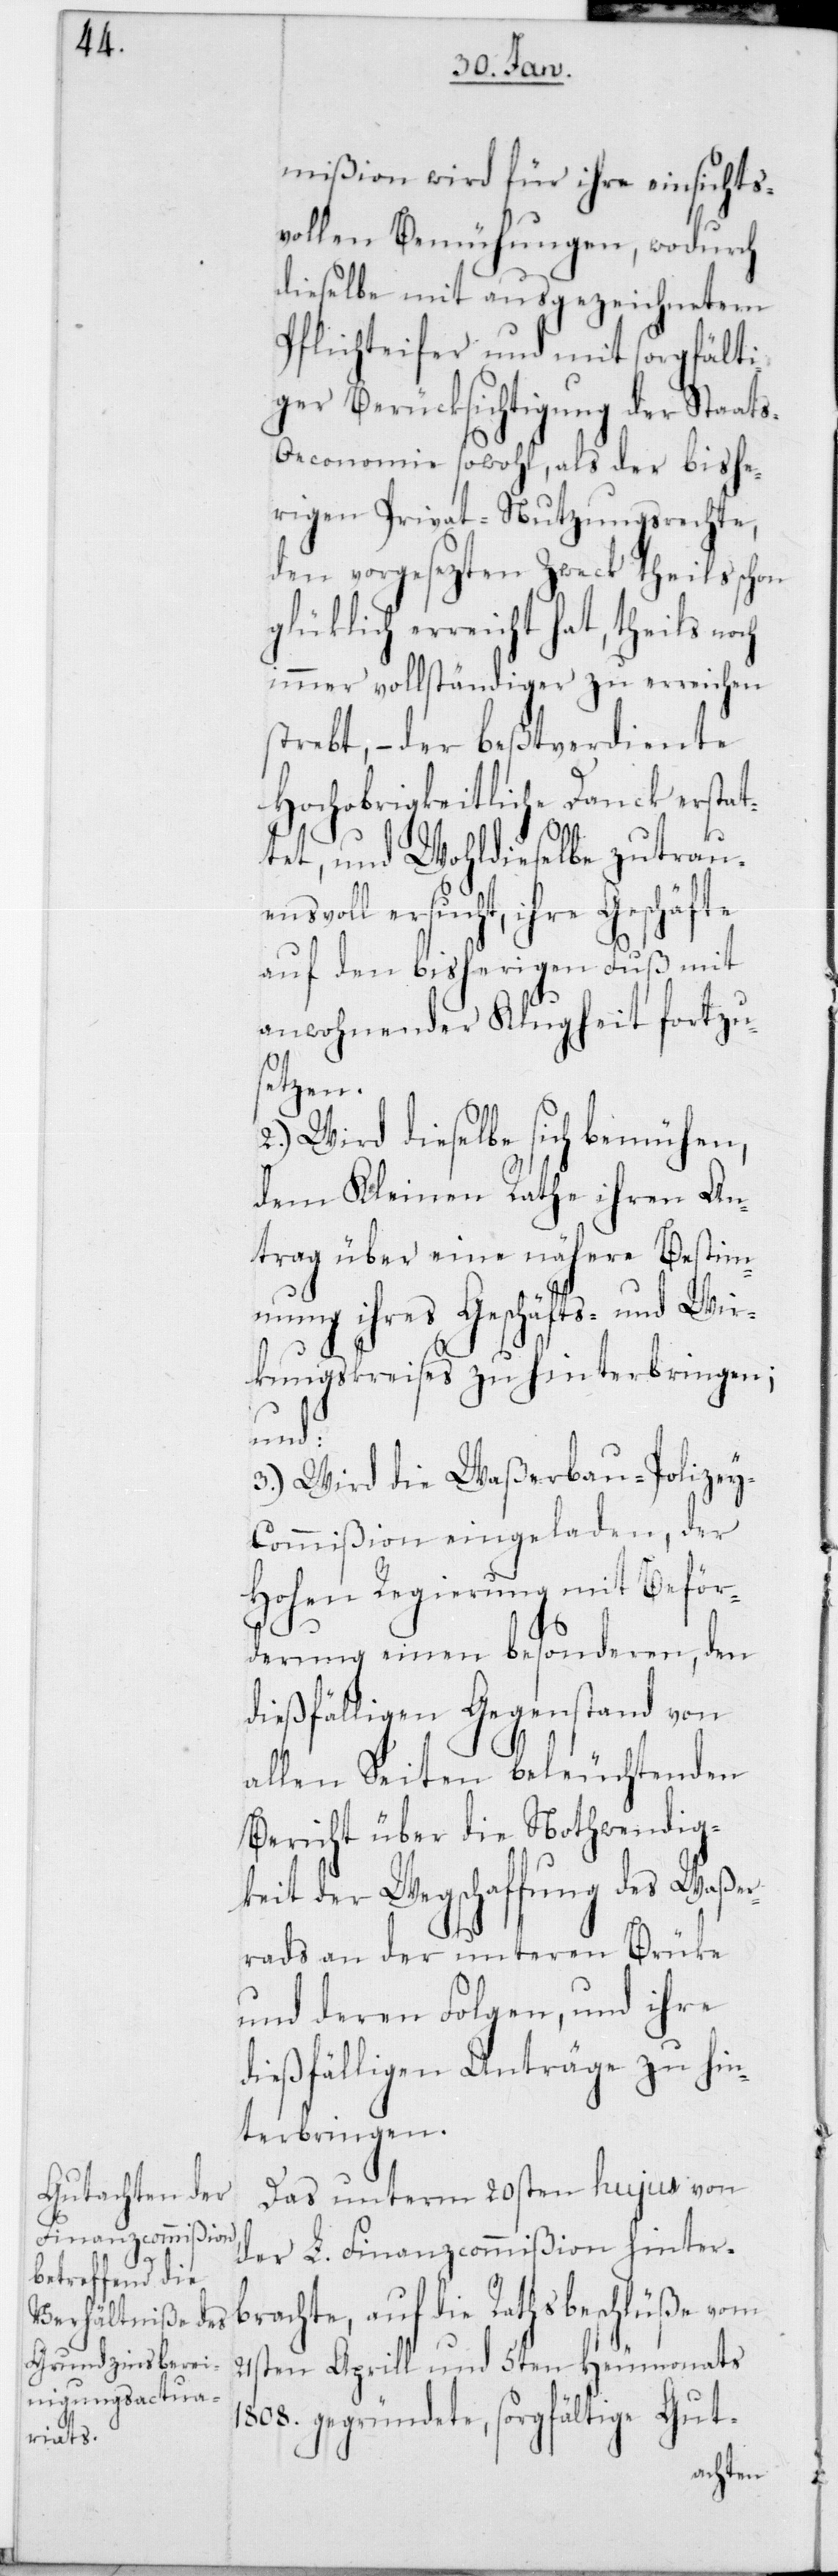
g¬

mißion wird für ihre einsichts¬
vollen Bemühungen, wodurch
dieselbe mit ausgezeichnetem
Pflichteifer und mit sorgfälti¬
ger Berücksichtigung der Staat¬
s-Oeconomie sowohl, als der bishe¬
rigen Privat-Nutzungsrechte,
den vorgesetzten Zweck theils schon
lücklich erreicht hat, theils no¬
immer vollständiger zu erreichen
strebt, – der beßtverdiente
hochobrigkeitliche Danck erstat¬
tet, und Wohldieselbe zutrau¬
ensvoll ersucht, ihre Geschäfte
auf den bisherigen Fuß mit
anwohnender Klugheit fortzu¬
setzen.
2.) Wird dieselbe sich bemühen,
dem Kleinen Rathe ihren An¬
trag über eine nähere Bestim¬
mung ihres Geschäfts- und Wir¬
kungskreises zu hinterbringen;
und:
3.) Wird die Wasserbau-Polizey-K¬
ommission eingeladen, der
Hohen Regierung mit Beför¬
derung einen besonderen, den
dießfälligen Gegenstand von
allen Seiten beleuchtenden
Bericht über die Nothwendig¬
keit der Wegschaffung des Waßer¬
rads an der unteren Brüke
und deren Folgen, und ihre
dießfälligen Anträge zu hin¬
terbringen.
Das unterm 20sten hujus von
der L. Finanzcommißion hinter¬
brachte, auf die Rathsbeschlüße vom
21sten Aprill und 5ten Heumonats
1808 gegründete, sorgfältige Gut-

ch